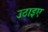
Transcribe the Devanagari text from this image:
उठाइए